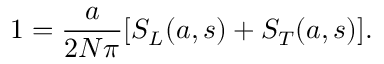
1 = \frac { a } { 2 N \pi } [ S _ { L } ( a , s ) + S _ { T } ( a , s ) ] .